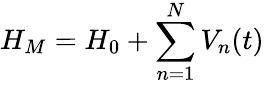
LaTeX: H_{M}=H_{0}+\sum_{n=1}^{N}V_{n}(t)